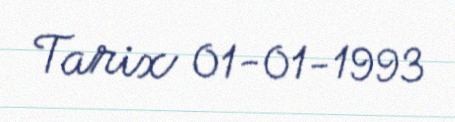
Tarix 01-01-1993